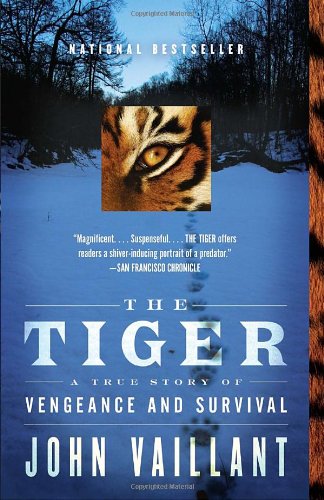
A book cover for The Tiger: A True Story of Vengeance and Survival (Vintage Departures); John Vaillant; Science & Math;